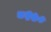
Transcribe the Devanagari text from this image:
८२७०